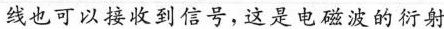
线也可以接收到信号，这是电磁波的衍射